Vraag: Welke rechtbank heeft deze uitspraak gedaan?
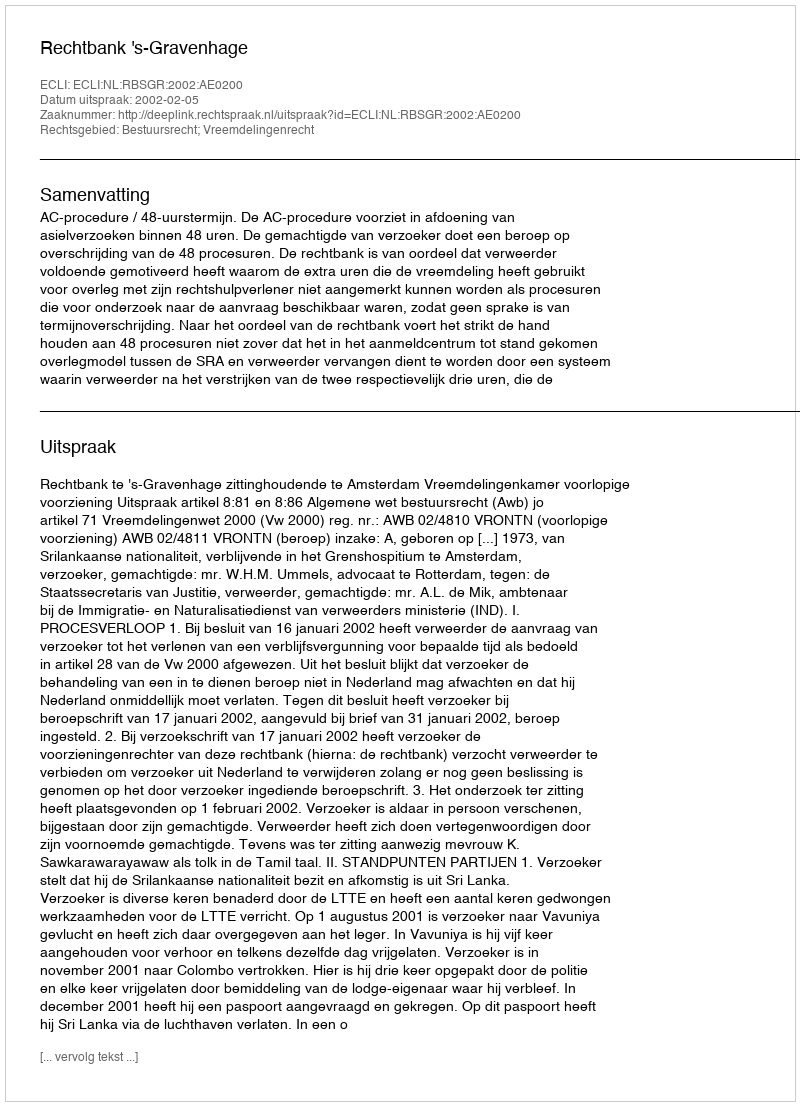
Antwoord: Rechtbank 's-Gravenhage